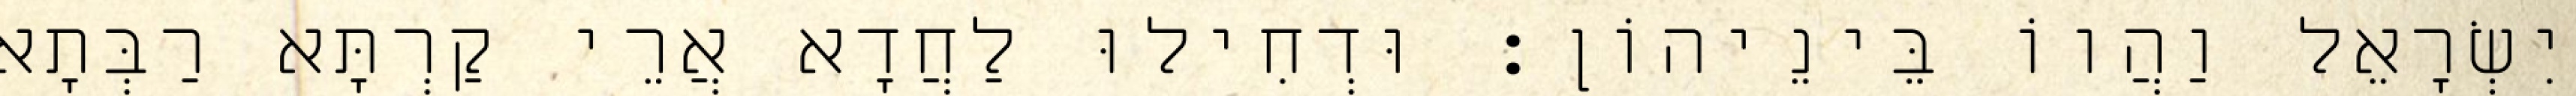
יִשְׂרָאֵל וַהֲווֹ בֵּינֵיהוֹן׃ וּדְחִילוּ לַחֲדָא אֲרֵי קַרְתָּא רַבְּתָא